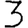
Digit: 3